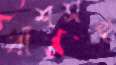
বাঁশসহ